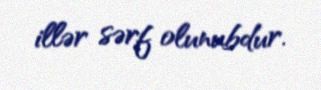
illər sərf olunubdur.